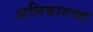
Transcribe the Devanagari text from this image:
अलिबागचा